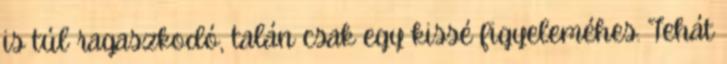
is túl ragaszkodó, talán csak egy kissé figyeleméhes. Tehát